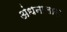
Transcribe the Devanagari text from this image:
अंधनालास